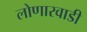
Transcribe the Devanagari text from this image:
लोणारवाडी